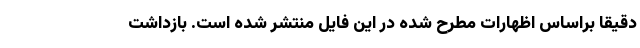
دقیقا براساس اظهارات مطرح شده در این فایل منتشر شده است. بازداشت